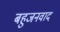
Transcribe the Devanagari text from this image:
बहुजनवाद